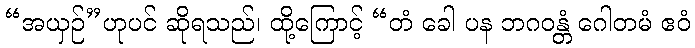
“အယှဉ်”ဟုပင် ဆိုရသည်၊ ထို့ကြောင့် “တံ ခေါ ပန ဘဂဝန္တံ ဂေါတမံ ဧဝံ